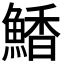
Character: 𮬀